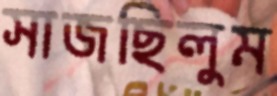
সাজছিলুম